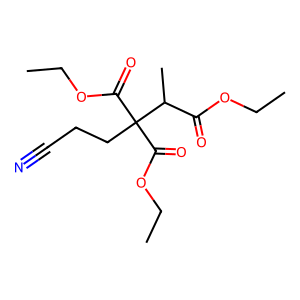
SMILES: CCOC(=O)C(C)C(CCC#N)(C(=O)OCC)C(=O)OCC
Inhibits HIV replication: No